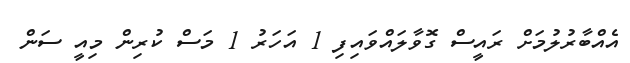
އެއްބާރުލުމަށް ރައީސް ގޮވާލައްވައިފި 1 އަހަރު 1 މަސް ކުރިން މިއީ ސަން